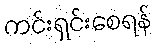
ကင်းရှင်းစေရန်